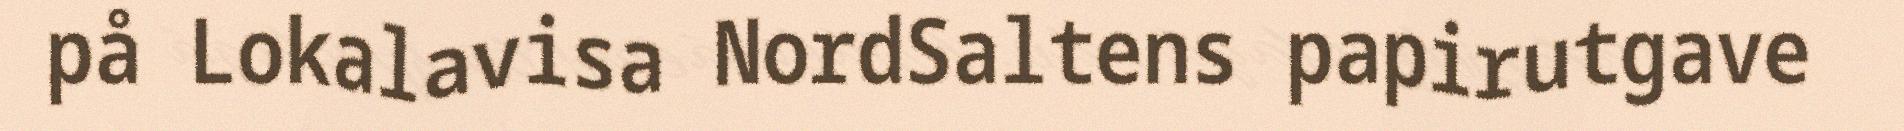
på Lokalavisa NordSaltens papirutgave